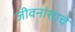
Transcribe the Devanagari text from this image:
जीवनांशाचे